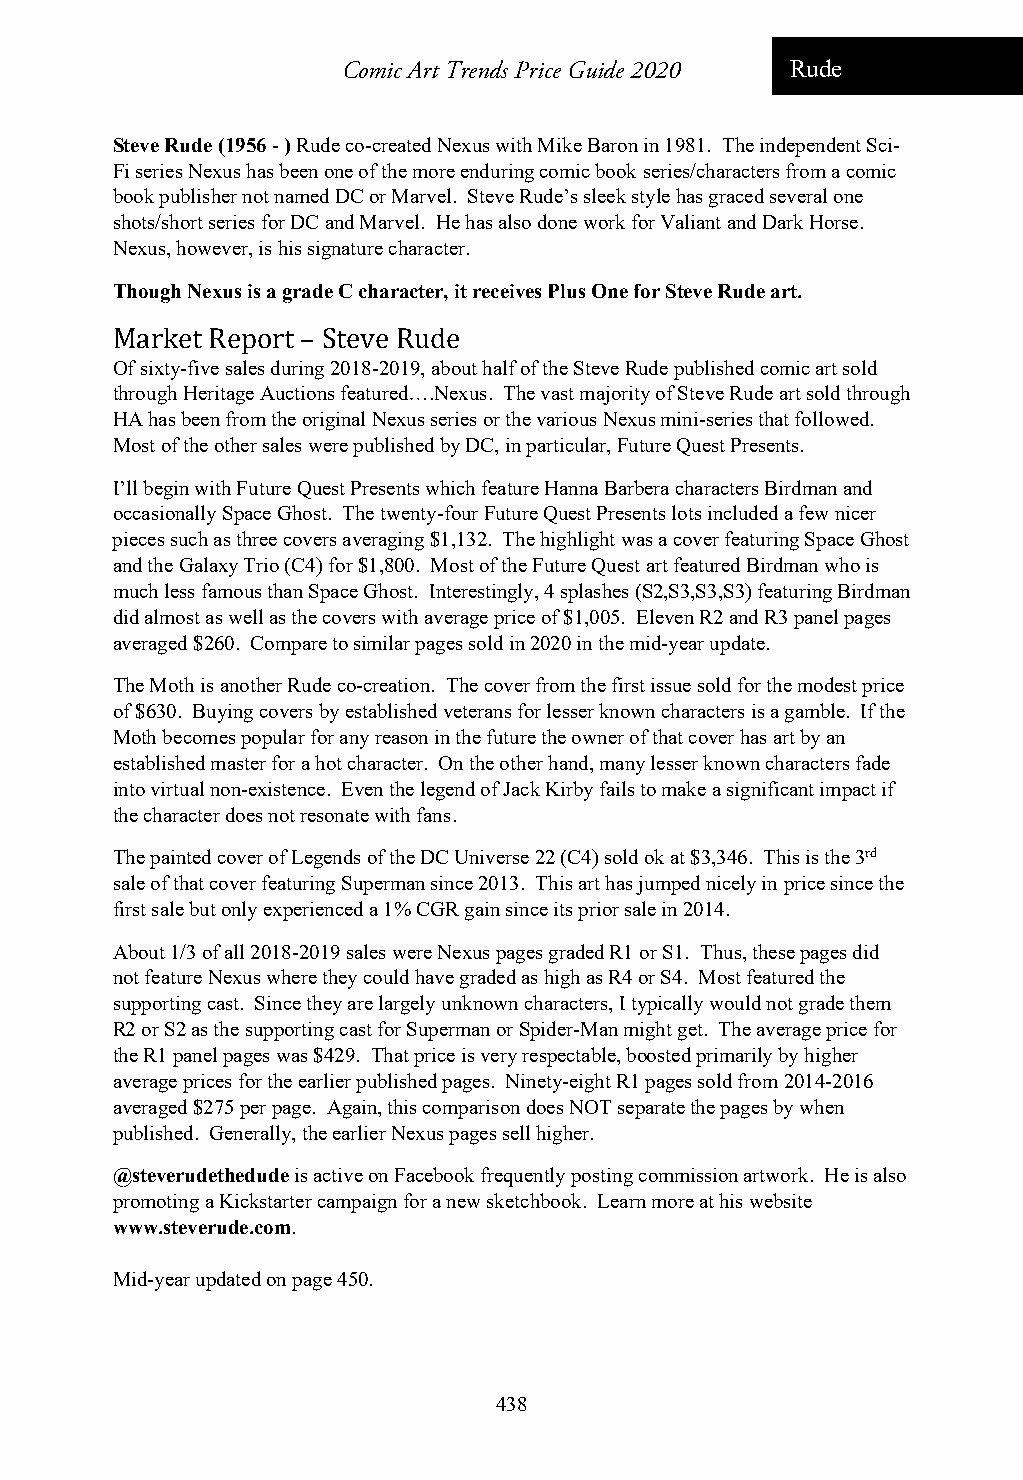
Comic Art Trends Price Guide 2020 Rude
 Steve Rude (1956 - ) Rude co-created Nexus with Mike Baron in 1981. The independent Sci-
 Fi series Nexus has been one of the more enduring comic book series/characters from a comic
 book publisher not named DC or Marvel. Steve Rude’s sleek style has graced several one
 shots/short series for DC and Marvel. He has also done work for Valiant and Dark Horse.
 Nexus, however, is his signature character.
 Though Nexus is a grade C character, it receives Plus One for Steve Rude art.
 Market Report – Steve Rude
 Of sixty-five sales during 2018-2019, about half of the Steve Rude published comic art sold
 through Heritage Auctions featured….Nexus. The vast majority of Steve Rude art sold through
 HA has been from the original Nexus series or the various Nexus mini-series that followed.
 Most of the other sales were published by DC, in particular, Future Quest Presents.
 I’ll begin with Future Quest Presents which feature Hanna Barbera characters Birdman and
 occasionally Space Ghost. The twenty-four Future Quest Presents lots included a few nicer
 pieces such as three covers averaging $1,132. The highlight was a cover featuring Space Ghost
 and the Galaxy Trio (C4) for $1,800. Most of the Future Quest art featured Birdman who is
 much less famous than Space Ghost. Interestingly, 4 splashes (S2,S3,S3,S3) featuring Birdman
 did almost as well as the covers with average price of $1,005. Eleven R2 and R3 panel pages
 averaged $260. Compare to similar pages sold in 2020 in the mid-year update.
 The Moth is another Rude co-creation. The cover from the first issue sold for the modest price
 of $630. Buying covers by established veterans for lesser known characters is a gamble. If the
 Moth becomes popular for any reason in the future the owner of that cover has art by an
 established master for a hot character. On the other hand, many lesser known characters fade
 into virtual non-existence. Even the legend of Jack Kirby fails to make a significant impact if
 the character does not resonate with fans.
 The painted cover of Legends of the DC Universe 22 (C4) sold ok at $3,346. This is the 3rd
 sale of that cover featuring Superman since 2013. This art has jumped nicely in price since the
 first sale but only experienced a 1% CGR gain since its prior sale in 2014.
 About 1/3 of all 2018-2019 sales were Nexus pages graded R1 or S1. Thus, these pages did
 not feature Nexus where they could have graded as high as R4 or S4. Most featured the
 supporting cast. Since they are largely unknown characters, I typically would not grade them
 R2 or S2 as the supporting cast for Superman or Spider-Man might get. The average price for
 the R1 panel pages was $429. That price is very respectable, boosted primarily by higher
 average prices for the earlier published pages. Ninety-eight R1 pages sold from 2014-2016
 averaged $275 per page. Again, this comparison does NOT separate the pages by when
 published. Generally, the earlier Nexus pages sell higher.
 @steverudethedude is active on Facebook frequently posting commission artwork. He is also
 promoting a Kickstarter campaign for a new sketchbook. Learn more at his website
 www.steverude.com.
 Mid-year updated on page 450.
 438